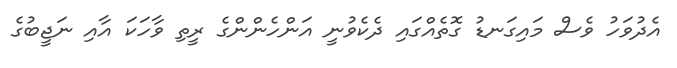
އެދުވަހު ވެސް މައިގަނޑު ގޮތެއްގައި ދެކެވުނީ އަންހެންންގެ ރީތި ވާހަކަ އާއި ނަޖީބުގެ